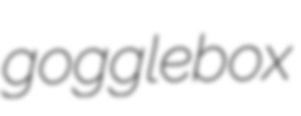
gogglebox